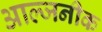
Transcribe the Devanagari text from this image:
आल्जनीक